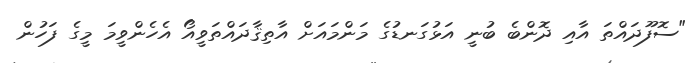
"ސޮފޫދައްތަ އާއި ދޮންބެ ބުނީ އަޅުގަނޑުގެ މަންމައަށް އާތިޤާދައްތަވީއޯ އެހެންވީމަ މީގެ ފަހުން